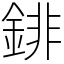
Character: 䤵